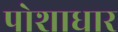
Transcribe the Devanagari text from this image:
पोशाधार